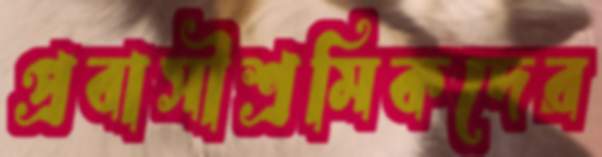
প্রবাসীশ্রমিকদের